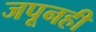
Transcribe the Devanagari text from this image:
जपूनही